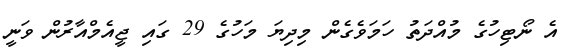
އެ ނޯޓިހުގެ މުއްދަތު ހަމަވެގެން މިދިޔަ މަހުގެ 29 ގައި ޖީއެމްއާރުން ވަނީ